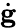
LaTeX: \dot{\mathbf g}